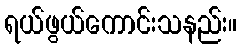
ရယ်ဖွယ်ကောင်းသနည်း။